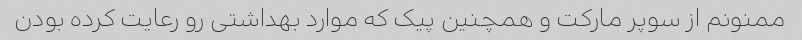
ممنونم از سوپر مارکت و همچنین پیک که موارد بهداشتی رو رعایت کرده بودن